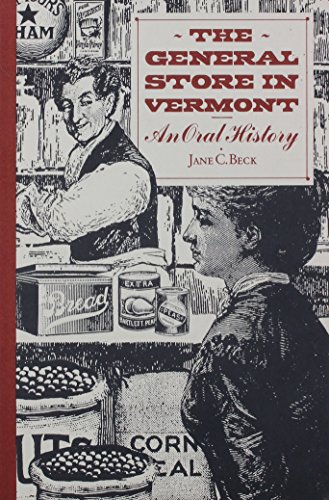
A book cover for The General Store: An Oral History; Jane C. Beck; Travel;